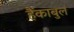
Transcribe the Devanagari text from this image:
हैंकाबुल